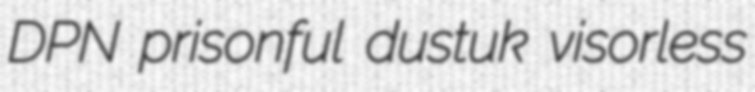
DPN prisonful dustuk visorless